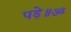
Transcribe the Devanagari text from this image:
पड़े॥ॐ